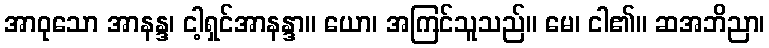
အာဝုသော အာနန္ဒ၊ ငါ့ရှင်အာနန္ဒာ။ ယော၊ အကြင်သူသည်။ မေ၊ ငါ၏။ ဆအဘိညာ၊